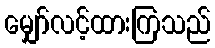
မျှော်လင့်ထားကြသည်